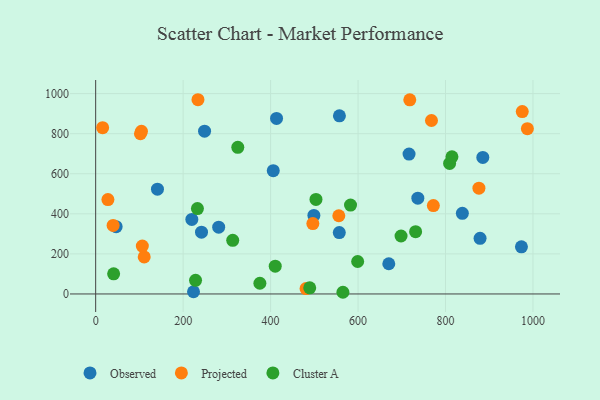
{"axis": {"x": "Ad Spend", "y": "Sales"}, "legend": ["Cluster A", "Observed", "Projected"], "data": [{"x": "557.1", "y": 306.5, "type": "Observed"}, {"x": "879.0", "y": 277.6, "type": "Observed"}, {"x": "219.9", "y": 371.8, "type": "Observed"}, {"x": "281.3", "y": 333.4, "type": "Observed"}, {"x": "249.0", "y": 812.3, "type": "Observed"}, {"x": "46.8", "y": 335.9, "type": "Observed"}, {"x": "413.6", "y": 876.1, "type": "Observed"}, {"x": "838.5", "y": 402.7, "type": "Observed"}, {"x": "885.3", "y": 681.5, "type": "Observed"}, {"x": "973.6", "y": 235.5, "type": "Observed"}, {"x": "141.3", "y": 523.2, "type": "Observed"}, {"x": "716.6", "y": 698.2, "type": "Observed"}, {"x": "499.0", "y": 392.2, "type": "Observed"}, {"x": "242.0", "y": 308.3, "type": "Observed"}, {"x": "557.4", "y": 889.2, "type": "Observed"}, {"x": "670.3", "y": 150.8, "type": "Observed"}, {"x": "223.7", "y": 10.9, "type": "Observed"}, {"x": "406.1", "y": 615.5, "type": "Observed"}, {"x": "736.7", "y": 478.3, "type": "Observed"}, {"x": "15.9", "y": 829.8, "type": "Projected"}, {"x": "496.6", "y": 351.5, "type": "Projected"}, {"x": "987.2", "y": 824.9, "type": "Projected"}, {"x": "28.0", "y": 471.3, "type": "Projected"}, {"x": "975.5", "y": 910.3, "type": "Projected"}, {"x": "111.0", "y": 184.8, "type": "Projected"}, {"x": "39.9", "y": 342.1, "type": "Projected"}, {"x": "767.9", "y": 865.9, "type": "Projected"}, {"x": "106.7", "y": 239.1, "type": "Projected"}, {"x": "556.0", "y": 390.4, "type": "Projected"}, {"x": "481.1", "y": 27.0, "type": "Projected"}, {"x": "102.4", "y": 799.6, "type": "Projected"}, {"x": "104.7", "y": 811.6, "type": "Projected"}, {"x": "876.4", "y": 527.9, "type": "Projected"}, {"x": "233.9", "y": 969.5, "type": "Projected"}, {"x": "772.2", "y": 441.1, "type": "Projected"}, {"x": "718.3", "y": 968.9, "type": "Projected"}, {"x": "809.4", "y": 651.5, "type": "Cluster A"}, {"x": "375.5", "y": 53.5, "type": "Cluster A"}, {"x": "731.6", "y": 310.7, "type": "Cluster A"}, {"x": "814.7", "y": 684.3, "type": "Cluster A"}, {"x": "565.4", "y": 8.4, "type": "Cluster A"}, {"x": "698.3", "y": 289.2, "type": "Cluster A"}, {"x": "503.8", "y": 471.8, "type": "Cluster A"}, {"x": "599.1", "y": 162.0, "type": "Cluster A"}, {"x": "325.0", "y": 732.0, "type": "Cluster A"}, {"x": "489.5", "y": 30.8, "type": "Cluster A"}, {"x": "313.4", "y": 267.5, "type": "Cluster A"}, {"x": "228.4", "y": 68.1, "type": "Cluster A"}, {"x": "582.8", "y": 443.5, "type": "Cluster A"}, {"x": "41.1", "y": 100.6, "type": "Cluster A"}, {"x": "232.7", "y": 426.0, "type": "Cluster A"}, {"x": "410.6", "y": 138.9, "type": "Cluster A"}]}